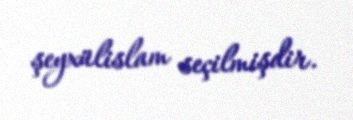
şeyxülislam seçilmişdir.